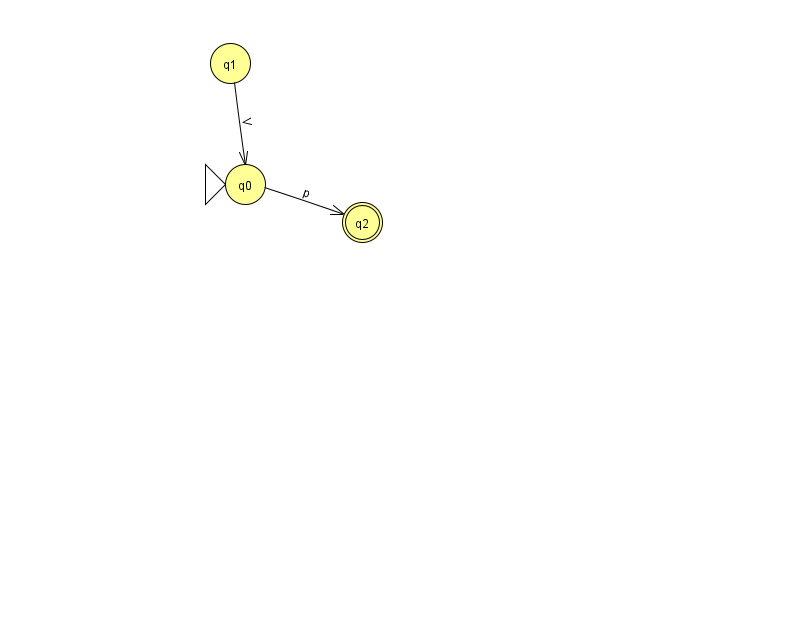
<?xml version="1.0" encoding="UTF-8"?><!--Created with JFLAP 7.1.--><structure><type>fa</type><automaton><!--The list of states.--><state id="0" name="q0"><x>245.0</x><y>171.0</y><initial/></state><state id="1" name="q1"><x>230.0</x><y>50.0</y></state><state id="2" name="q2"><x>362.0</x><y>209.0</y><final/></state><!--The list of transitions.--><transition><from>1</from><to>0</to><read>V</read></transition><transition><from>0</from><to>2</to><read>p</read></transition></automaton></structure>